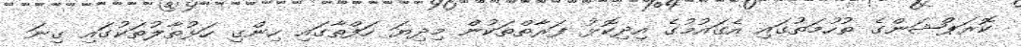
ކޮރަޕްޝަންގެ ތުހުމަތުގައި އެގައުމުގެ އިދިކޮޅު ފަރާތްތަކުން މިދިޔަ ހަފްތާގައި ހިންގި ހަޅުތާލުތަކުގައި ގިނަ